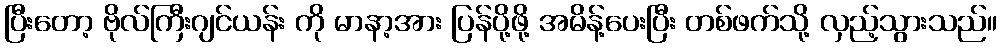
ပြီးတော့ ဗိုလ်ကြီးဂျင်ယန်း ကို မာနာ့အား ပြန်ပို့ဖို့ အမိန့်ပေးပြီး တစ်ဖက်သို့ လှည့်သွားသည်။